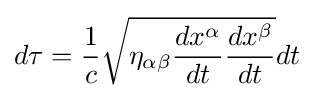
d\tau ={\frac {1}{c}}{\sqrt {\eta _{\alpha \beta }{\frac {dx^{\alpha }}{dt}}{\frac {dx^{\beta }}{dt}}}}dt